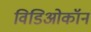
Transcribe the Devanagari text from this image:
विडिओकॉन